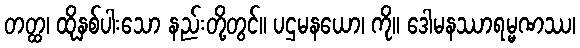
တတ္ထ၊ ထိုနှစ်ပါးသော နည်းတို့တွင်။ ပဌမနယော၊ ကို။ ဒေါမနဿာရမ္မဏဿ၊